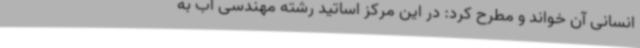
انسانی آن خواند و مطرح کرد: در این مرکز اساتید رشته مهندسی آب به‌